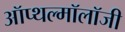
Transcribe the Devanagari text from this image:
ऑप्थल्मॉलॉजी